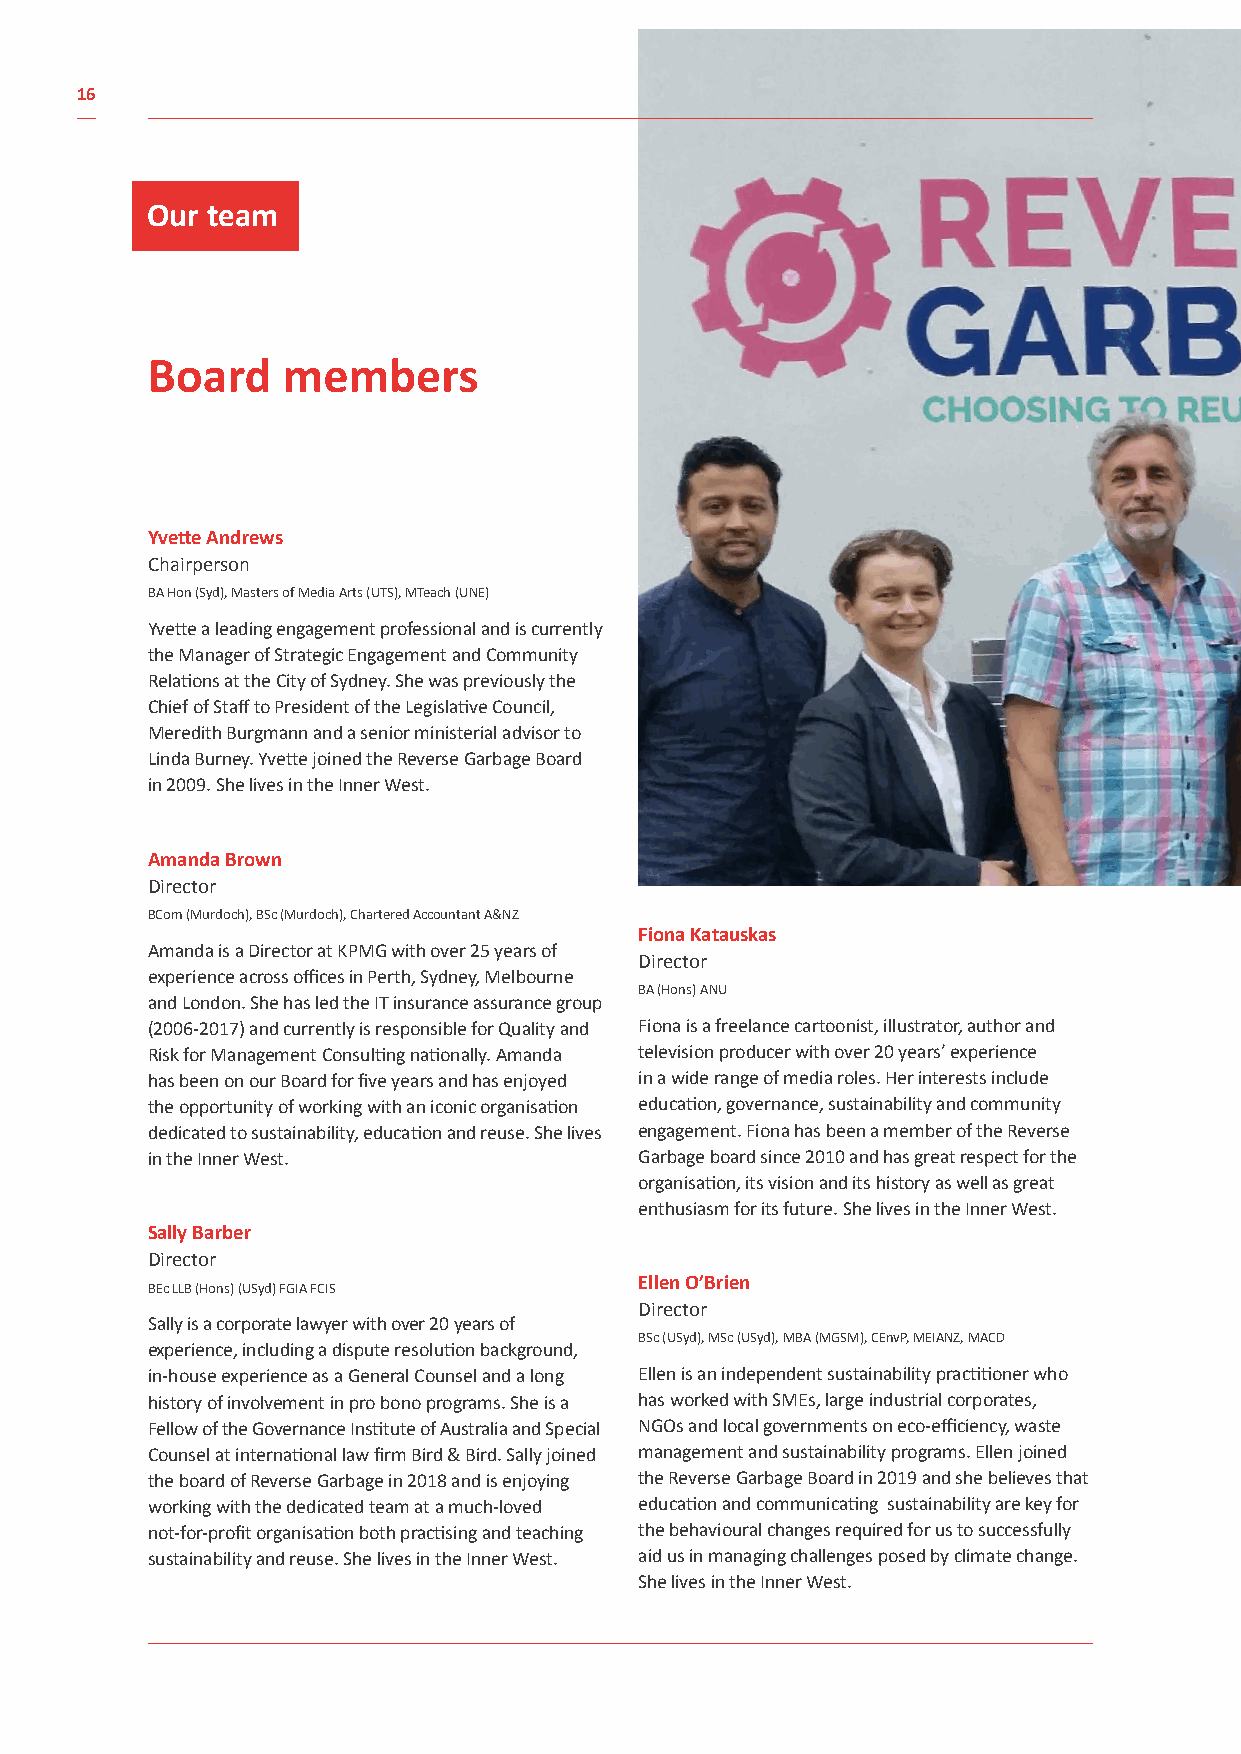
16
 Our team
 Board    members
 Yvette Andrews
 Chairperson
 BA Hon (Syd), Masters of Media Arts (UTS), MTeach (UNE)
 Yvette a leading engagement professional and is currently
 the Manager of Strategic Engagement and Community
 Relations at the City of Sydney. She was previously the
 Chief of Staff to President of the Legislative Council,
 Meredith Burgmann and a senior ministerial advisor to
 Linda Burney. Yvette joined the Reverse Garbage Board
 in 2009. She lives in the Inner West.
 Amanda Brown
 Director
 BCom (Murdoch), BSc (Murdoch), Chartered Accountant A&NZ
 Fiona Katauskas
 Amanda is a Director at KPMG with over 25 years of
 Director
 experience across offices in Perth, Sydney, Melbourne
 BA (Hons) ANU
 and London. She has led the IT insurance assurance group
 (2006-2017) and currently is responsible for Quality and Fiona is a freelance cartoonist, illustrator, author and
 Risk for Management Consulting nationally. Amanda television producer with over 20 years’ experience
 has been on our Board for five years and has enjoyed in a wide range of media roles. Her interests include
 the opportunity of working with an iconic organisation education, governance, sustainability and community
 dedicated to sustainability, education and reuse. She lives engagement. Fiona has been a member of the Reverse
 in the Inner West.              Garbage board since 2010 and has great respect for the
 organisation, its vision and its history as well as great
 enthusiasm for its future. She lives in the Inner West.
 Sally Barber
 Director
 Ellen O’Brien
 BEc LLB (Hons) (USyd) FGIA FCIS
 Director
 Sally is a corporate lawyer with over 20 years of
 BSc (USyd), MSc (USyd), MBA (MGSM), CEnvP, MEIANZ, MACD
 experience, including a dispute resolution background,
 in-house experience as a General Counsel and a long Ellen is an independent sustainability practitioner who
 history of involvement in pro bono programs. She is a has worked with SMEs, large industrial corporates,
 Fellow of the Governance Institute of Australia and Special NGOs and local governments on eco-efficiency, waste
 Counsel at international law firm Bird & Bird. Sally joined management and sustainability programs. Ellen joined
 the board of Reverse Garbage in 2018 and is enjoying the Reverse Garbage Board in 2019 and she believes that
 working with the dedicated team at a much-loved education and communicating sustainability are key for
 not-for-profit organisation both practising and teaching the behavioural changes required for us to successfully
 sustainability and reuse. She lives in the Inner West. aid us in managing challenges posed by climate change.
 She lives in the Inner West.